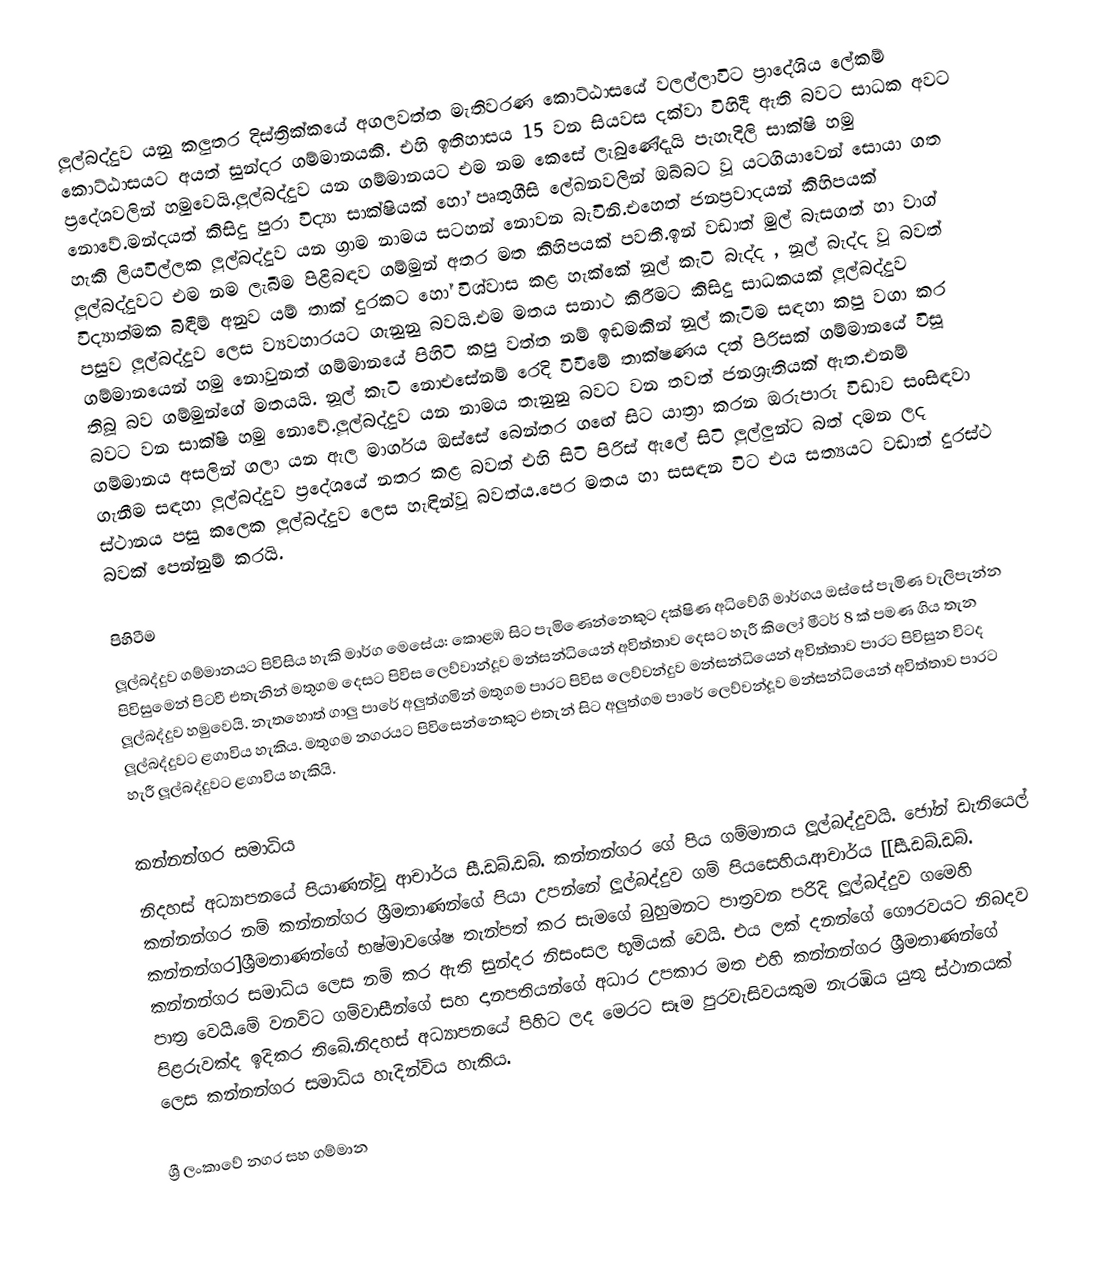
ලූල්බද්දුව යනු කලුතර දිස්ත්‍රික්කයේ අගලවත්ත මැතිවරණ කොට්ඨාසයේ වලල්ලාවිට ප්‍රාදේශිය ලේකම් කොට්ඨාසයට අයත් සුන්දර ගම්මානයකි. එහි ඉතිහාසය 15 වන සියවස දක්වා විහිදී ඇති බවට සාධක අවට ප්‍රදේශවලින් හමුවෙයි.ලූල්බද්දුව යන ගම්මානයට එම නම කෙසේ ලැබුණේදැයි පැහැදිලි සාක්ෂි හමු නොවේ.මන්දයත් කිසිදු පුරා විද්‍යා සාක්ෂියක් හෝ පෘතුගීසි ලේඛනවලින් ඔබ්බට වූ යටගියාවෙන් සොයා ගත හැකි ලියවිල්ලක ලූල්බද්දුව යන ග්‍රාම නාමය සටහන් නොවන බැවිනි.එහෙත් ජනප්‍රවාදයන් කිහිපයක් ලූල්බද්දුවට එම නම ලැබීම පිළිබඳව ගම්මුන් අතර මත කිහිපයක් පවතී.ඉන් වඩාත් මුල් බැසගත් හා වාග් විද්‍යාත්මක බිඳීම් අනුව යම් තාක් දුරකට හෝ විශ්වාස කළ හැක්කේ නූල් කැටි බැද්ද , නූල් බැද්ද වූ බවත් පසුව ලූල්බද්දුව ලෙස ව්‍යවහාරයට ගැනුනු බවයි.එම මතය සනාථ කිරීමට කිසිදු සාධකයක් ලූල්බද්දුව ගම්මානයෙන් හමු නොවුනත් ගම්මානයේ පිහිටි කපු වත්ත නම් ඉඩමකින් නූල් කැටීම සඳහා කපු වගා කර තිබූ බව ගම්මුන්ගේ මතයයි. නූල් කැටි නොඑසේනම් රෙදි විවීමේ තාක්ෂණය දත් පිරිසක් ගම්මානයේ විසූ බවට වන සාක්ෂි හමු නොවේ.ලූල්බද්දුව යන නාමය තැනුනු බවට වන තවත් ජනශ්‍රැතියක් ඇත.එනම් ගම්මානය අසලින් ගලා යන ඇල මාර්ගය ඔස්සේ බෙන්තර ගඟේ සිට යාත්‍රා කරන ඔරුපාරු විඩාව සංසිඳවා ගැනීම සඳහා ලූල්බද්දුව ප්‍රදේශයේ නතර කළ බවත් එහි සිටි පිරිස් ඇලේ සිටි ලූල්ලුන්ට බත් දමන ලද ස්ථානය පසු කලෙක ලූල්බද්දුව ලෙස හැඳින්වූ බවත්ය.පෙර මතය හා සසඳන විට එය සත්‍යයට වඩාත් දුරස්ථ බවක් පෙන්නුම් කරයි.

පිහිටීම
ලූල්බද්දුව ගම්මානයට පිවිසිය හැකි මාර්ග මෙසේය: කොළඹ සිට පැමිණෙන්නෙකුට දක්ෂිණ අධිවේගි මාර්ගය ඔස්සේ පැමිණ වැලිපැන්න පිවිසුමෙන් පිටවී එතැනින් මතුගම දෙසට පිවිස ලෙව්වාන්දූව මන්සන්ධියෙන් අවිත්තාව දෙසට හැරී කිලෝ මීටර් 8 ක් පමණ ගිය තැන ලූල්බද්දුව හමුවෙයි. නැතහොත් ගාලු පාරේ අලුත්ගමින් මතුගම පාරට පිවිස ලෙව්වන්දුව මන්සන්ධියෙන් අවිත්තාව පාරට පිවිසුන විටද ලූල්බද්දුවට ළගාවිය හැකිය. මතුගම නගරයට  පිවිසෙන්නෙකුට එතැන් සිට අලුත්ගම පාරේ ලෙව්වන්දූව මන්සන්ධියෙන් අවිත්තාව පාරට හැරී ලූල්බද්දුවට ළගාවිය හැකියි.

කන්නන්ගර සමාධිය
නිදහස් අධ්‍යාපනයේ පියාණන්වූ ආචාර්ය සී.ඩබ්.ඩබ්. කන්නන්ගර ගේ පිය ගම්මානය ලූල්බද්දුවයි. ජෝන් ඩැනියෙල් කන්නන්ගර නම් කන්නන්ගර ශ්‍රීමතාණන්ගේ පියා උපන්නේ ලූල්බද්දුව ගම් පියසෙහිය.ආචාර්ය [[සී.ඩබ්.ඩබ්. කන්නන්ගර]ශ්‍රීමතාණන්ගේ භෂ්මාවශේෂ තැන්පත් කර සැමගේ බුහුමනට පාත්‍රවන පරිදි  ලූල්බද්දුව ගමෙහි කන්නන්ගර සමාධිය ලෙස නම් කර ඇති සුන්දර නිසංසල භූමියක් වෙයි. එය ලක් දනන්ගේ ගෞරවයට නිබදව පාත්‍ර වෙයි.මේ වනවිට ගම්වාසීන්ගේ සහ දානපතියන්ගේ අධාර උපකාර මත එහි කන්නන්ගර ශ්‍රීමතාණන්ගේ පිළරුවක්ද ඉදිකර තිබේ.නිදහස් අධ්‍යාපනයේ පිහිට ලද මෙරට සෑම පුරවැසිවයකුම නැරඹිය යුතු ස්ථානයක් ලෙස කන්නන්ගර සමාධිය හැදින්විය හැකිය.

ශ්‍රී ලංකාවේ නගර සහ ගම්මාන